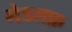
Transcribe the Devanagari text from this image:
मेडलफ़